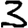
Digit: 3